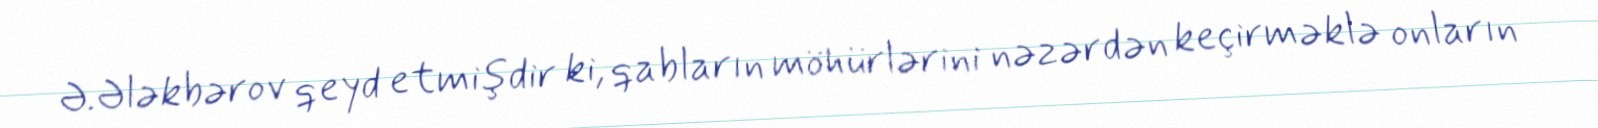
Ə.Ələkbərov qeyd etmişdir ki, qabların möhürlərini nəzərdən keçirməklə onların